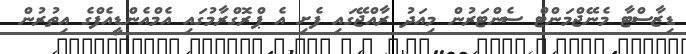
ޑިޒާސްޓާ މެނޭޖްމަންޓް ސެންޓަރުން މިއަދު ރާއްޖޭގައި ފެށި އެ ޕްރޮގްރާމުގައި އެމްއެންޑީއެފްގެ އިތުރުން